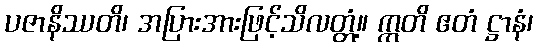
ပဇာနိဿတိ၊ အပြားအားဖြင့်သိလတ္တံ့။ ဣတိ ဧတံ ဋ္ဌာနံ၊